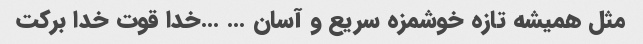
مثل همیشه تازه خوشمزه سریع و آسان … …خدا قوت خدا برکت